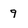
Character: g